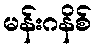
မန်းဂနိစ်